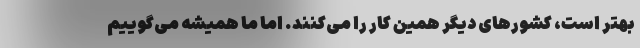
بهتر است، کشورهای دیگر همین کار را می‌کنند. اما ما همیشه می‌گوییم